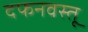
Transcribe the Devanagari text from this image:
दफनवस्तू